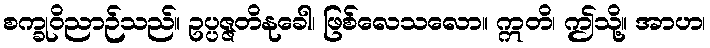
စက္ခုဝိညာဉ်သည်။ ဥပ္ပဇ္ဇတိနုခေါ၊ ဖြစ်လေသလော။ ဣတိ၊ ဤသို့။ အာဟ၊